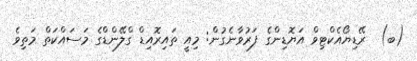
(ބ)  ރޭޑިޔޯއެކްޓިވް އަޔޮޑިންގެ ފަރުވާނެގުން: މިއީ ތައިރޮއިޑް ގްލޭންޑްގެ މަސައްކަތް މަތިވެ